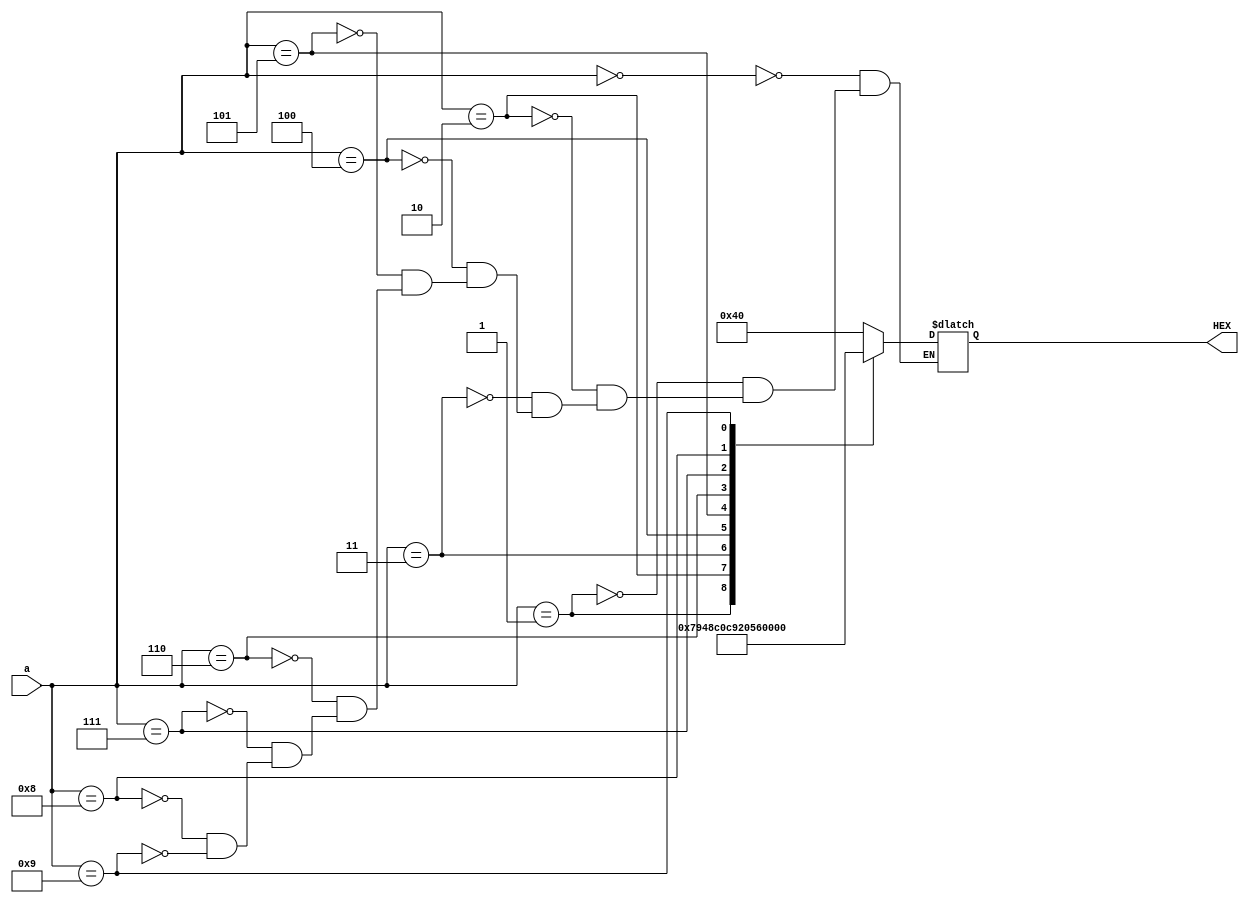
module out(a,HEX);
input [4:0]a;
output reg[6:0]HEX;
always@(*)begin
case(a)
	4'b0000:begin
	HEX=7'b1000000;//0
	end
	4'b0001:begin
	HEX=7'b1111001;//1
	end
	4'b0010:begin
	HEX=7'b0100100;//2
	end
	4'b0011:begin
	HEX=7'b0110000;//3
	end
	4'b0100:begin
	HEX=7'b0011001;//4
	end
	4'b0101:begin
	HEX=7'b0010010;//5
	end
	4'b0110:begin
	HEX=7'b0000010;//6
	end
	4'b0111:begin
	HEX=7'b1011000;//7
	end
	4'b1000:begin
	HEX=7'b0000000;//8
	end
	4'b1001:begin
	HEX=7'b0010000;//9
	end
endcase
end

endmodule